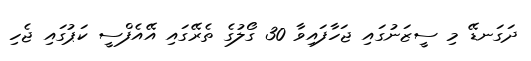
ދަގަނޑޭ މި ސީޒަނުގައި ޖަހާފައިވާ 30 ގޯލުގެ ތެރޭގައި އޭއެފްސީ ކަޕުގައި ޖެހި